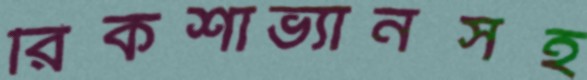
রিকশাভ্যানসহ